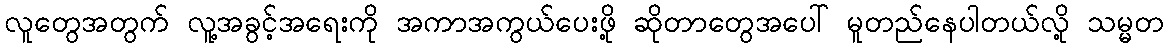
လူတွေအတွက် လူ့အခွင့်အရေးကို အကာအကွယ်ပေးဖို့ ဆိုတာတွေအပေါ် မူတည်နေပါတယ်လို့ သမ္မတ